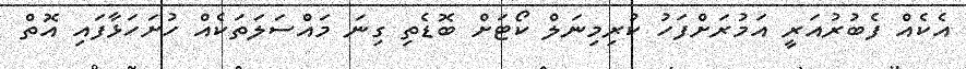
އެކެއް ފެބުރުއަރީ އަމުރަށްފަހު ކުރިމިނަލް ކޯޓަށް ބޮޑެތި ގިނަ މައްސަލަތަކެއް ހުށަހަޅާފައި އޮތް